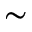
\sim